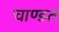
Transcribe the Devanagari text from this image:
चाण्डत